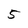
Character: 5